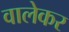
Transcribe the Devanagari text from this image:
वालेकर